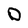
Character: D